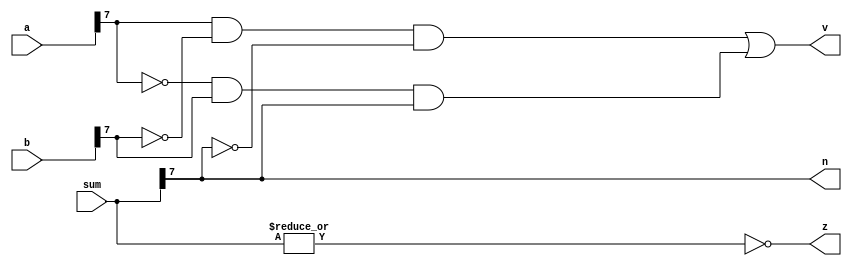
module extra_7 (
    input [7:0] sum,
    input [7:0] a,
    input [7:0] b,
    output reg z,
    output reg v,
    output reg n
  );
  
  
  
  always @* begin
    v = (a[7+0-:1] & ~b[7+0-:1] & (~sum[7+0-:1])) | ((~a[7+0-:1]) & (b[7+0-:1]) & sum[7+0-:1]);
    n = sum[7+0-:1];
    z = (~|sum);
  end
endmodule